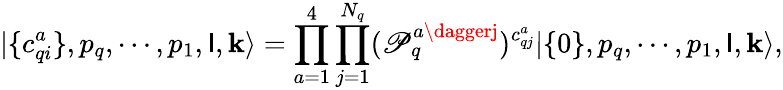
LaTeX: |\{ c_{qi}^{a}\} ,p_{q},\cdots,p_{1},\mathsf{I},\mathbf{k}\rangle=\prod_{a=1}^{4}\prod_{j=1}^{N_{q}}(\mathscr{P}_{q}^{a\daggerj})^{c_{qj}^{a}}|\{ 0\} ,p_{q},\cdots,p_{1},\mathsf{I},\mathbf{k}\rangle,